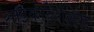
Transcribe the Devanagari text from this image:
साइकोडेरेलिक्ट